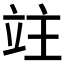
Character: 𥩣